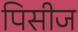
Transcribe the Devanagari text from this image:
पिसीज